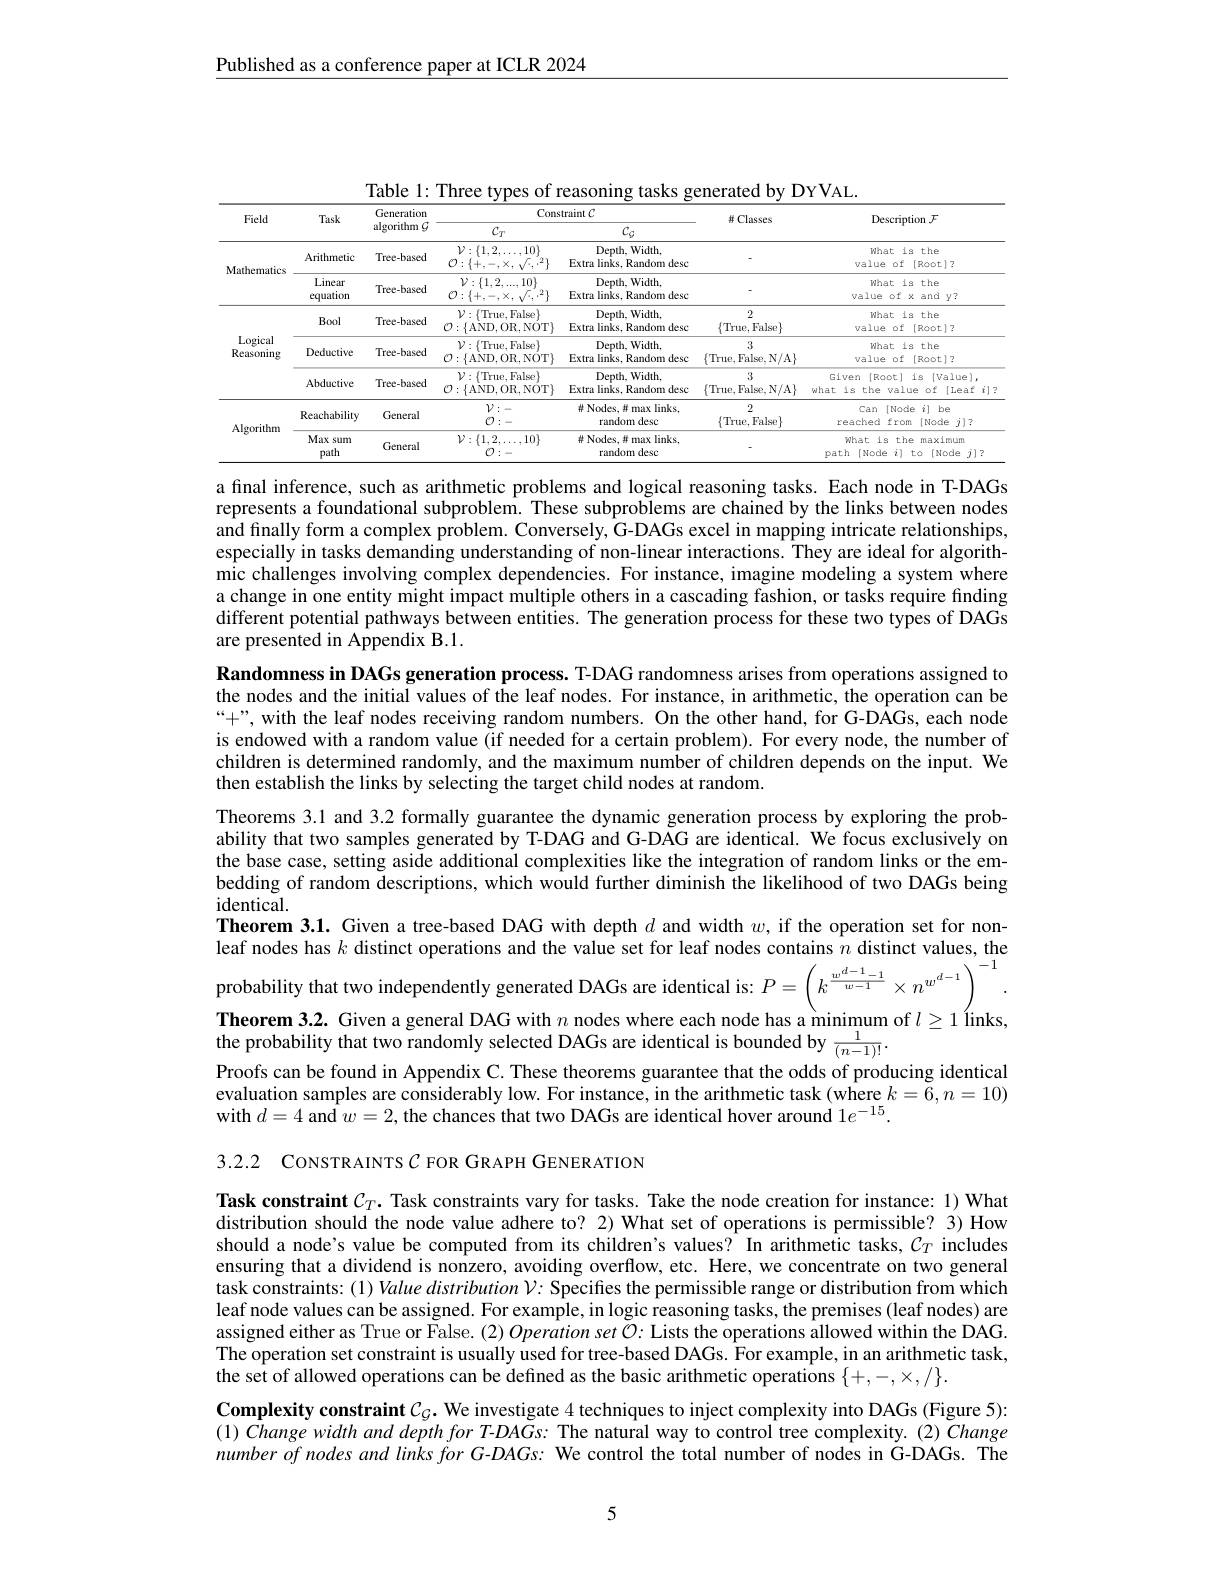
$\underline{\text{Published as a conference paper at ICLR 2024}}$

Table 1: Three types of reasoning tasks generated by DYVAL.
<table>
	<tbody>
		<tr>
			<th rowspan="2">Field</th>
			<th rowspan="2">Task</th>
			<th rowspan="2">Generation algorithm $G$</th>
			<th colspan="2">Constraint $C$</th>
			<th> </th>
			<th rowspan="2">Description $\mathcal{F}$</th>
		</tr>
		<tr>
			<th>$C_T$</th>
			<th>$C_{\zeta}$</th>
			<th>LIATAT</th>
		</tr>
		<tr>
			<td rowspan="2">Mathematics</td>
			<td>Arithmetic</td>
			<td>Tree-based</td>
			<td>$\mathcal{V}:\{1,2,\ldots,10\}$ $\mathcal{O}:\{+$, $,-,\times$</td>
			<td>Depth, Width Extra links, Random desc</td>
			<td>$\textcircled{2}$</td>
			<td>What is the value of (Root)?</td>
		</tr>
		<tr>
			<td>Linear equation</td>
			<td>Tree-based</td>
			<td>$\mathcal{V}:\{1,2,...,10\}$ $\mathcal{O}:\{+$, $,-,\times$</td>
			<td>Depth, Width Extra links, Random desc</td>
			<td>$\textcircled{2}$</td>
			<td>What is the value of xand y?</td>
		</tr>
		<tr>
			<td rowspan="3">Logical Reasoning</td>
			<td>Bool</td>
			<td>Tree-based</td>
			<td>$\mathcal{V}:\{$True,False$\}$ $\mathcal{O}:\{$AND,OR,NOT$\}$</td>
			<td>Depth, Width Extra l links, Random desc</td>
			<td>2 $\{$True, False$\}$</td>
			<td>What is the value of (Root)?</td>
		</tr>
		<tr>
			<td>Deductive</td>
			<td>Tree-based</td>
			<td>$\mathcal{V}:\{$True,False$\}$ $\mathcal{O}:\{$AND,OR,NOT$\}$</td>
			<td>Depth, Width, Extra links, Random desc</td>
			<td>3 $\{$True, False, N/A$\}$</td>
			<td>What is the value of (Root)?</td>
		</tr>
		<tr>
			<td>Abductive</td>
			<td>Tree-based</td>
			<td>$\mathcal{V}:\{$True, False$\}$ $\mathcal{O}:\{$AND,OR,NOT$\}$</td>
			<td>Depth, Width Extra links, Random desc</td>
			<td>3 $\{$True, False, N/A$\}$</td>
			<td>Given [Root] is [Value), what is the value of (Leaf i)</td>
		</tr>
		<tr>
			<td rowspan="2">Algorithm</td>
			<td>Reachability</td>
			<td>General</td>
			<td>$\mathcal{V}:-$ $\mathcal{O}:-$</td>
			<td>$\#$ Nodes,并 max links, random desc</td>
			<td>2 $\{$True, False$\}$</td>
			<td>Can I [Node $i]$ be reached from $[Node~j)?$</td>
		</tr>
		<tr>
			<td>Max sum path</td>
			<td>General</td>
			<td>$\mathcal{V}:\{1,2,\ldots,10\}$ $\textcircled{1}$</td>
			<td># Nodes, # max links, random desc</td>
			<td> </td>
			<td>What is the maximum Dath [ Node $i]$ to $[Node$ $j]?$</td>
		</tr>
	</tbody>
</table>

a final inference, such as arithmetic problems and logical reasoning tasks. Each node in T-DAGs represents a foundational subproblem. These subproblems are chained by the links between nodes and finally form a complex problem. Conversely, G-DAGs excel in mapping intricate relationships, especially in tasks demanding understanding of non-linear interactions. They are ideal for algorithmic challenges involving complex dependencies. For instance, imagine modeling a system where a change in one entity might impact multiple others in a cascading fashion, or tasks require finding different potential pathways between entities. The generation process for these two types of DAGs are presented in Appendix B.1.
Randomness in DAGs generation process. T-DAG randomness arises from operations assigned to the nodes and the initial values of the leaf nodes. For instance, in arithmetic, the operation can be $“+”$, with the leaf nodes receiving random numbers. On the other hand, for G-DAGs, each node is endowed with a random value (if needed for a certain problem). For every node, the number of children is determined randomly, and the maximum number of children depends on the input. We then establish the links by selecting the target child nodes at random.
Theorems 3.1 and 3.2 formally guarantee the dynamic generation process by exploring the probability that two samples generated by T-DAG and G-DAG are identical. We focus exclusively on the base case, setting aside additional complexities like the integration of random links or the embedding of random descriptions, which would further diminish the likelihood of two DAGs being identical.
Theorem 3.1. Given a tree-based DAG with depth $d$ and width $w$, if the operation set for nonleaf nodes has $k$ distinct operations and the value set for leaf nodes contains $n$ distinct values, the probability that two independently generated DAGs are identical is: $P=\left(k^{\frac{w^{d-1}-1}{w-1}}\times n^{w^{d-1}}\right)^{-1}.$ $\textbf{Theorem 3. 2. Given a general DAG with }n$ nodes where each node has a minimum of $l\geq 1\text{ \' {l}inks, }$ the probability that two randomly selected DAGs are identical is bounded by $\frac 1{( n- 1) ! }.$ Proofs can be found in Appendix C. These theorems guarantee that the odds of producing identical evaluation samples are considerably low. For instance, in the arithmetic task (where $k=\tilde{6},n=10)$ with $d=4$ and $w=2$, the chances that two DAGs are identical hover around $1e^-15.$

3.2.2 CONSTRAINTS $\mathcal{C}$ FOR GRAPH GENER ATION

Task constraint $C_T.$ Task constraints vary for tasks. Take the node creation for instance: 1) What distribution should the node value adhere to? 2) What set of operations is permissible? 3) How should a node's value be computed from its children's values? In arithmetic tasks, $\mathcal{C}_T$ includes ensuring that a dividend is nonzero, avoiding overflow, etc. Here, we concentrate on two general task constraints: (1) Value distribution $\mathcal{V}{:}$ Specifies the permissible range or distribution from which leaf node values can be assigned. For example, in logic reasoning tasks, the premises (leaf nodes) are assigned either as True or False. (2) Operation set $\tilde{\mathcal{O}}:$ Lists the operations allowed within the DAG. The operation set constraint is usually used for tree-based DAGs. For example, in an arithmetic task, $\hat{\text{the set of allowed operations can be defined as the basic arithmetic operations }}\{+,-,\times,/\}.$
Complexity constraint $C_G.$ We investigate 4 techniques to inject complexity into DAGs (Figure 5): $( 1) \textit{Change width and depth for T- DAGs: The natural way to control tree complexity. ( 2) Change}$ number of nodes and links for G-DAGs: We control the total number of nodes in G-DAGs. The

5